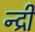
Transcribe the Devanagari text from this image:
न्द्री